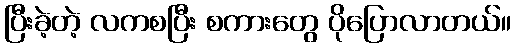
ပြီးခဲ့တဲ့ လကစပြီး စကားတွေ ပိုပြောလာတယ်။